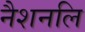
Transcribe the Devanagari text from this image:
नैशनलि